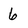
Character: 6